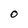
Character: O